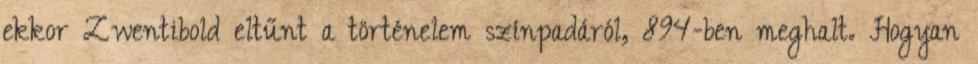
ekkor Zwentibold eltűnt a történelem színpadáról, 894-ben meghalt. Hogyan